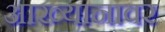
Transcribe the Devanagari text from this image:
आख्यानावर